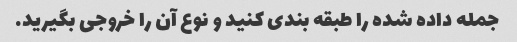
جمله داده شده را طبقه بندی کنید و نوع آن را خروجی بگیرید.